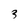
Character: 3